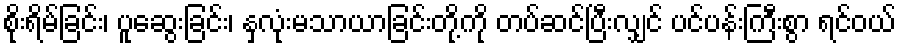
စိုးရိမ်ခြင်း၊ ပူဆွေးခြင်း၊ နှလုံးမသာယာခြင်းတို့ကို တပ်ဆင်ပြီးလျှင် ပင်ပန်းကြီးစွာ ရင်ဝယ်